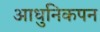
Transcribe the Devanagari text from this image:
आधुनिकपन